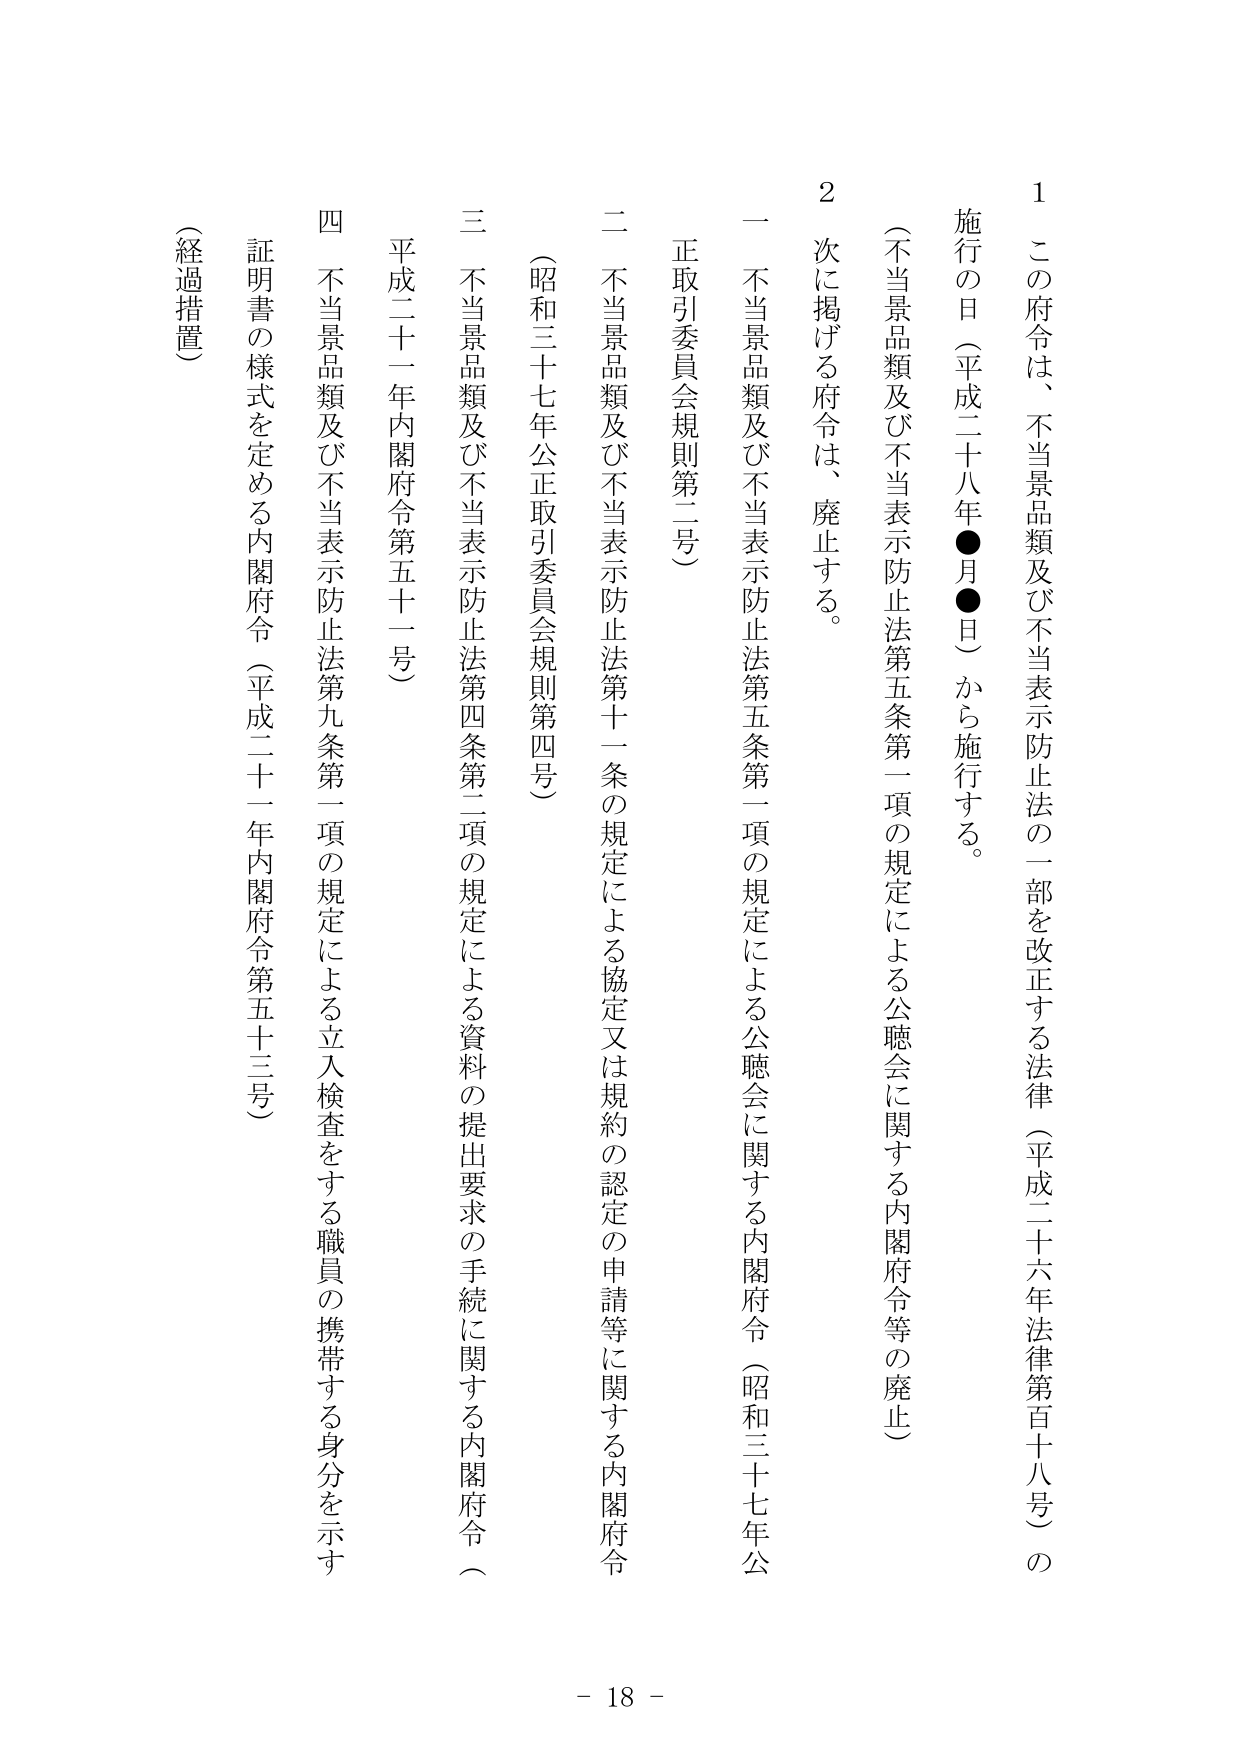
1 この府令は、不当景品類及び不当表示防止法の一部を改正する法律（平成二十六年法律第百十八号）の施行の日（平成二十八年●月●日）から施行する。

（不当景品類及び不当表示防止法第五条第一項の規定による公聴会に関する内閣府令等の廃止）

2 次に掲げる府令は、廃止する。

一 不当景品類及び不当表示防止法第五条第一項の規定による公聴会に関する内閣府令（昭和三十七年公正取引委員会規則第二号）

二 不当景品類及び不当表示防止法第十一条の規定による協定又は規約の認定の申請等に関する内閣府令（昭和三十七年公正取引委員会規則第四号）

三 不当景品類及び不当表示防止法第四条第二項の規定による資料の提出要求の手続に関する内閣府令（平成二十一年内閣府令第五十一号）

四 不当景品類及び不当表示防止法第九条第一項の規定による立入検査をする職員の携帯する身分を示す証明書の様式を定める内閣府令（平成二十一年内閣府令第五十三号）

（経過措置）

- 18 -